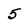
Character: 5